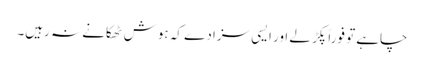
چاہے تو فوراً پکڑ لے اور ایسی سزا دے کہ ہوش ٹھکانے نہ رہیں۔